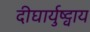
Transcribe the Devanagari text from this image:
दीघार्युष्ट्वाय